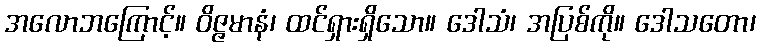
အလောဘကြောင့်။ ဝိဇ္ဇမာနံ၊ ထင်ရှားရှိသော။ ဒေါသံ၊ အပြစ်ကို။ ဒေါသတော၊